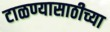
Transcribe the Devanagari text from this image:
टाळण्यासाठीच्या